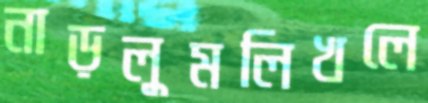
নাড়লুমলিখলে